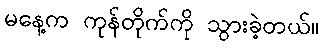
မနေ့က ကုန်တိုက်ကို သွားခဲ့တယ်။